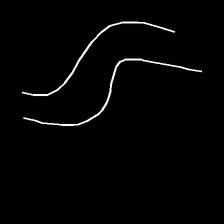
Glyph: float